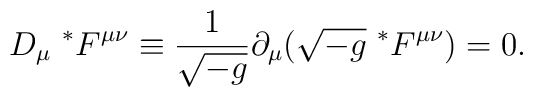
D_{\mu}~ ^{*}F^{\mu \nu} \equiv \frac{1}{\sqrt{- g}} \partial_{\mu}(\sqrt{- g}~ ^{*}F^{\mu \nu}) = 0.